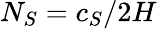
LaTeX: N_{S}=c_{S}/2H